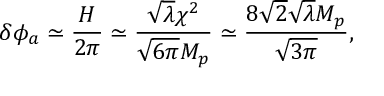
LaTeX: \delta \phi _ { a } \simeq \frac { H } { 2 \pi } \simeq \frac { \sqrt { \lambda } \chi ^ { 2 } } { \sqrt { 6 \pi } M _ { p } } \simeq \frac { 8 \sqrt { 2 } \sqrt { \lambda } M _ { p } } { \sqrt { 3 \pi } } ,